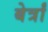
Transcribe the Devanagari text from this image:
बेर्त्रां